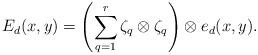
LaTeX: \begin{align*}E_d(x,y) = \left( \sum_{q=1}^r \zeta_q \otimes \zeta_q\right) \otimes e_d(x,y).\end{align*}